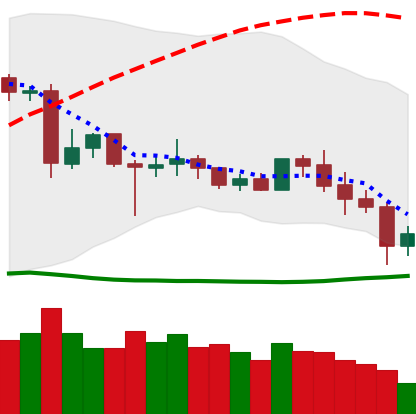
Ticker: XLM-USD
Chart end date: 2020-06-28
Forward return: 4.46%
Label: up_3_5